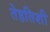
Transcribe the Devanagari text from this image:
तेहतिशी